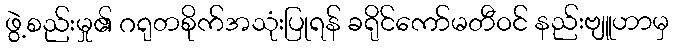
ဖွဲ့စည်းမှု၏ ဂရုတစိုက်အသုံးပြုရန် ခရိုင်ကော်မတီဝင် နည်းဗျူဟာမှ